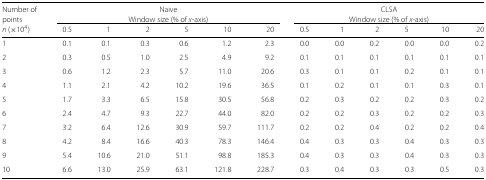
| Number of | <COLSPAN=4> Naive |  |  | <COLSPAN=4> CLSA |  |  |
 | points | <COLSPAN=4> Window size (% of x-axis) |  |  | <COLSPAN=4> Window size (% of x-axis) |  |  |
 | n (×104) | 0.5 | 1 | 2 | 5 | 10 | 20 | 0.5 | 1 | 2 | 5 | 10 | 20 |
 | --- | --- | --- | --- | --- | --- | --- | --- | --- | --- | --- | --- | --- |
 | 1 | 0.1 | 0.1 | 0.3 | 0.6 | 1.2 | 2.3 | 0.0 | 0.0 | 0.2 | 0.0 | 0.0 | 0.2 |
 | 2 | 0.3 | 0.5 | 1.0 | 2.5 | 4.9 | 9.2 | 0.1 | 0.1 | 0.1 | 0.1 | 0.1 | 0.1 |
 | 3 | 0.6 | 1.2 | 2.3 | 5.7 | 11.0 | 20.6 | 0.3 | 0.1 | 0.1 | 0.2 | 0.1 | 0.1 |
 | 4 | 1.1 | 2.1 | 4.2 | 10.2 | 19.6 | 36.5 | 0.1 | 0.2 | 0.1 | 0.1 | 0.3 | 0.1 |
 | 5 | 1.7 | 3.3 | 6.5 | 15.8 | 30.5 | 56.8 | 0.2 | 0.3 | 0.2 | 0.2 | 0.3 | 0.2 |
 | 6 | 2.4 | 4.7 | 9.3 | 22.7 | 44.0 | 82.0 | 0.2 | 0.2 | 0.3 | 0.2 | 0.2 | 0.3 |
 | 7 | 3.2 | 6.4 | 12.6 | 30.9 | 59.7 | 111.7 | 0.2 | 0.2 | 0.4 | 0.2 | 0.2 | 0.4 |
 | 8 | 4.2 | 8.4 | 16.6 | 40.3 | 78.3 | 146.4 | 0.4 | 0.3 | 0.3 | 0.4 | 0.3 | 0.3 |
 | 9 | 5.4 | 10.6 | 21.0 | 51.1 | 98.8 | 185.3 | 0.4 | 0.3 | 0.3 | 0.4 | 0.3 | 0.3 |
 | 10 | 6.6 | 13.0 | 25.9 | 63.1 | 121.8 | 228.7 | 0.3 | 0.4 | 0.3 | 0.3 | 0.5 | 0.3 |